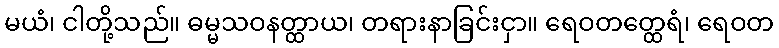
မယံ၊ ငါတို့သည်။ ဓမ္မသဝနတ္ထာယ၊ တရားနာခြင်းငှာ။ ရေဝတတ္ထေရံ၊ ရေဝတ